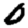
Digit: 0